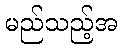
မည်သည့်အ